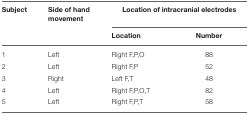
| Subject | Side of hand movement | <COLSPAN=2> Location of intracranial electrodes |
 |  |  | Location | Number |
 | --- | --- | --- | --- |
 | 1 | Left | Right F,P,O | 88 |
 | 2 | Left | Right F,P | 52 |
 | 3 | Right | Left F,T | 48 |
 | 4 | Left | Right F,P,O,T | 82 |
 | 5 | Left | Right F,P,T | 58 |